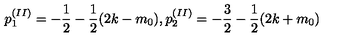
p _ { 1 } ^ { ( I I ) } = - \frac { 1 } { 2 } - \frac { 1 } { 2 } ( 2 k - m _ { 0 } ) , p _ { 2 } ^ { ( I I ) } = - \frac { 3 } { 2 } - \frac { 1 } { 2 } ( 2 k + m _ { 0 } )